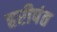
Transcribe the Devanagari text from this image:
हरीपंत